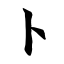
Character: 卜